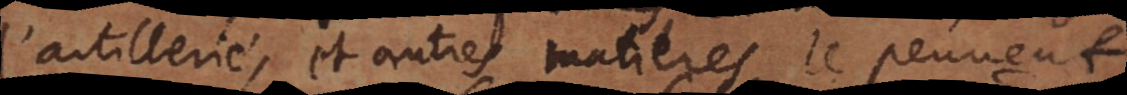
l’artillerie, et autres matieres le peuvent